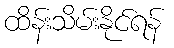
ထိန်းသိမ်းနိုင်ရန်